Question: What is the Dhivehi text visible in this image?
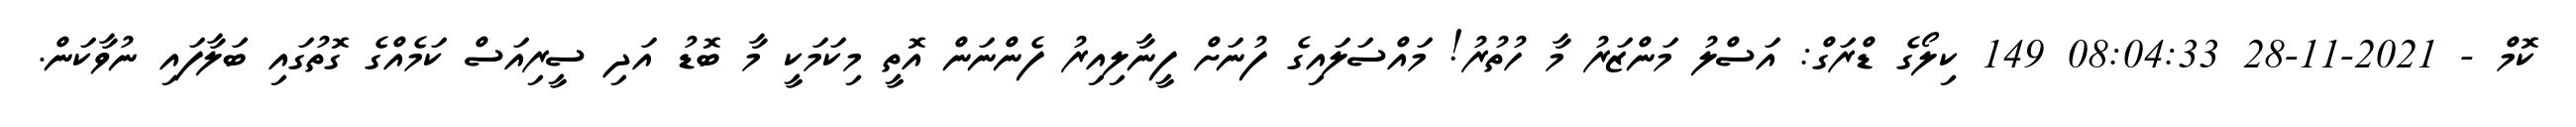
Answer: ކޮމް - 2021-11-28 08:04:33 149 ކިލޯގެ ޑްރަގް: އަސްލު މަންޒަރު މާ ހުތުރު! މައްސަލައިގެ ފުނަށް ފީނާލިއިރު ފެންނަން އޮތީ މިކަމަކީ މާ ބޮޑު އަދި ސީރިއަސް ކަމެއްގެ ގޮތުގައި ބަލާފައި ނުވާކަން.